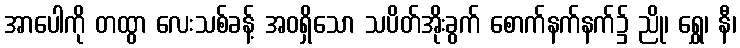
အာပေါကို တထွာ လေးသစ်ခန့် အဝရှိသော သပိတ်အိုးခွက် စောက်နက်နက်၌ ညို၊ ရွှေ၊ နီ၊